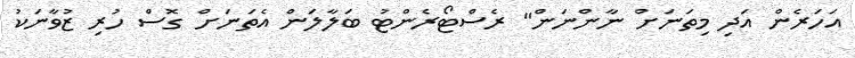
އަހަރެން އަދި މިތަނަށް ނާންނަން" ރެސްޓޯރެންޓު ބަލާލަން އެތަނަށް ގޮސް ހުރި ޒުވާނަކު